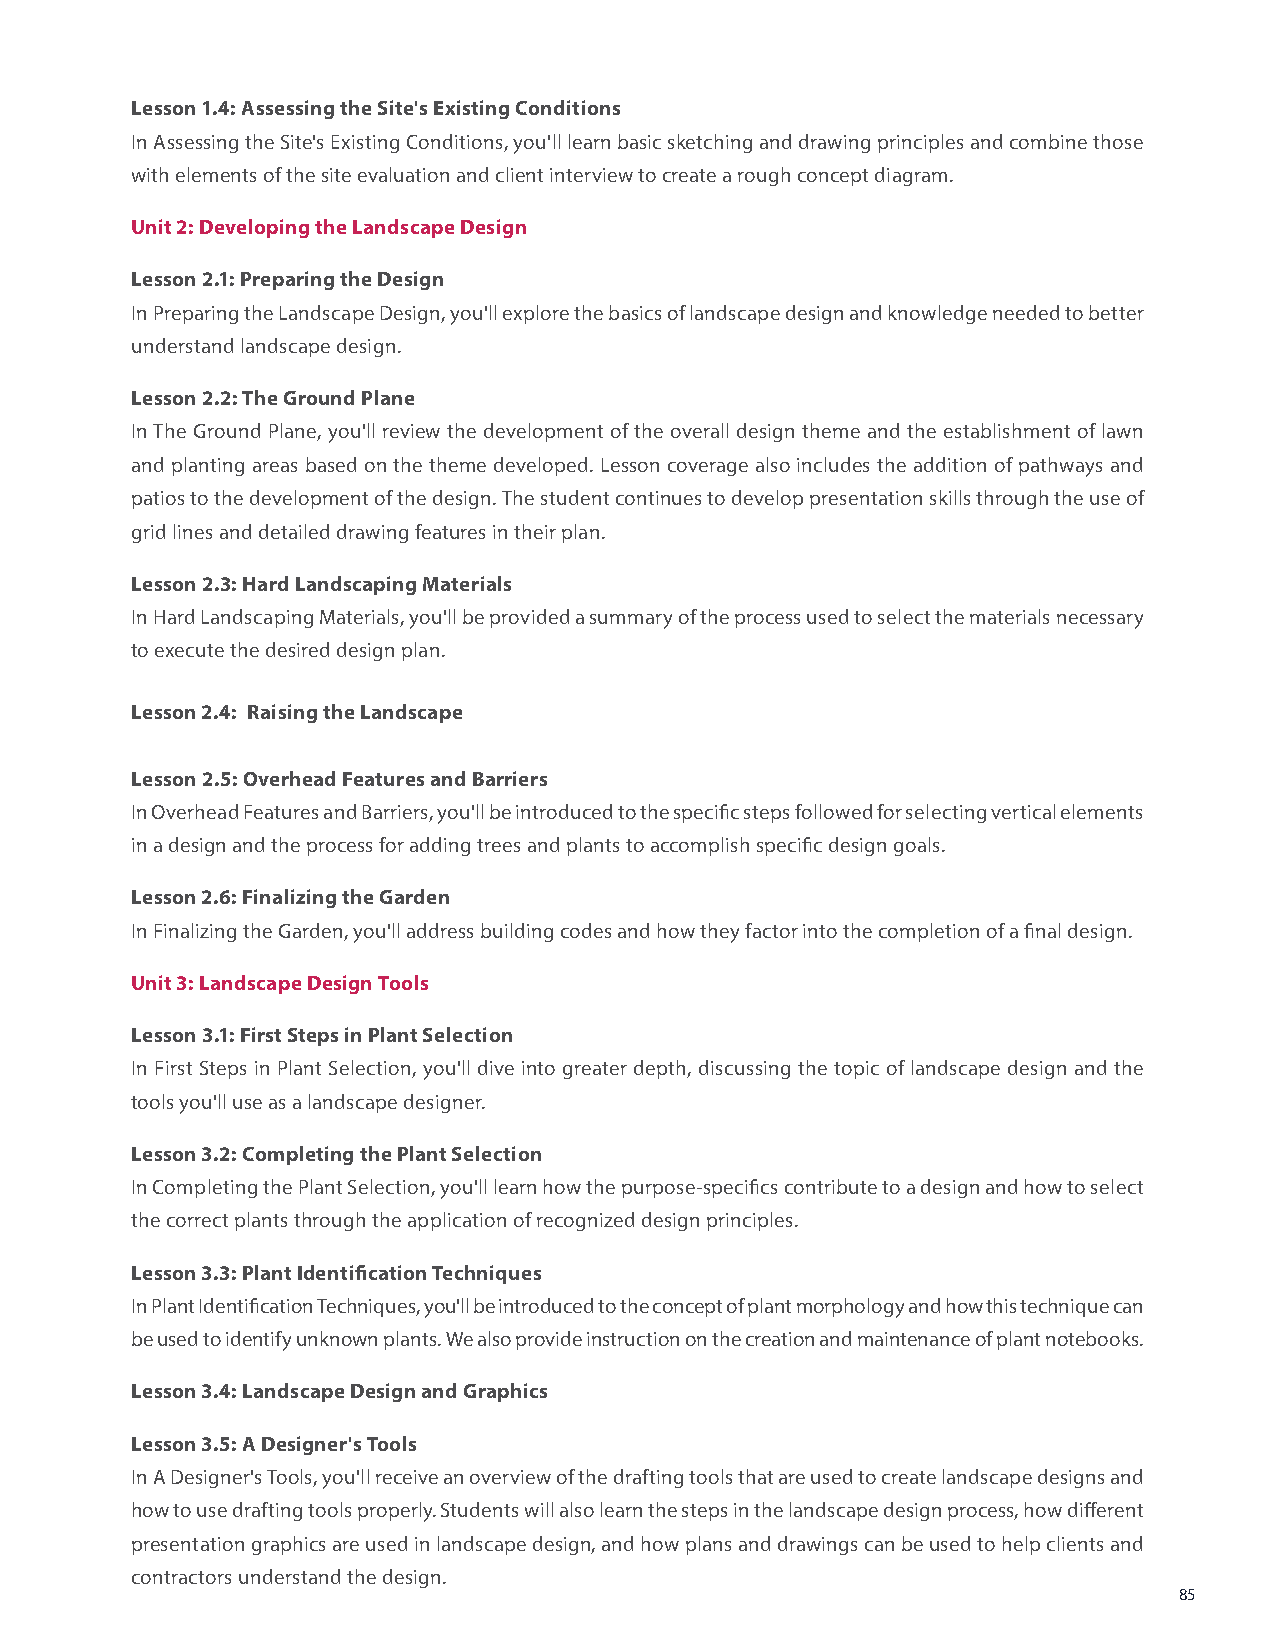
Lesson 1.4: Assessing the Site's Existing Conditions
 In Assessing the Site's Existing Conditions, you'll learn basic sketching and drawing principles and combine those
 with elements of the site evaluation and client interview to create a rough concept diagram.
 Unit 2: Developing the Landscape Design
 Lesson 2.1: Preparing the Design
 In Preparing the Landscape Design, you'll explore the basics of landscape design and knowledge needed to better
 understand landscape design.
 Lesson 2.2: The Ground Plane
 In The Ground Plane, you'll review the development of the overall design theme and the establishment of lawn
 and planting areas based on the theme developed. Lesson coverage also includes the addition of pathways and
 patios to the development of the design. The student continues to develop presentation skills through the use of
 grid lines and detailed drawing features in their plan.
 Lesson 2.3: Hard Landscaping Materials
 In Hard Landscaping Materials, you'll be provided a summary of the process used to select the materials necessary
 to execute the desired design plan.
 Lesson 2.4: Raising the Landscape
 Lesson 2.5: Overhead Features and Barriers
 In Overhead Features and Barriers, you'll be introduced to the specific steps followed for selecting vertical elements
 in a design and the process for adding trees and plants to accomplish specific design goals.
 Lesson 2.6: Finalizing the Garden
 In Finalizing the Garden, you'll address building codes and how they factor into the completion of a final design.
 Unit 3: Landscape Design Tools
 Lesson 3.1: First Steps in Plant Selection
 In First Steps in Plant Selection, you'll dive into greater depth, discussing the topic of landscape design and the
 tools you'll use as a landscape designer.
 Lesson 3.2: Completing the Plant Selection
 In Completing the Plant Selection, you'll learn how the purpose-specifics contribute to a design and how to select
 the correct plants through the application of recognized design principles.
 Lesson 3.3: Plant Identification Techniques
 In Plant Identification Techniques, you'll be introduced to the concept of plant morphology and how this technique can
 be used to identify unknown plants. We also provide instruction on the creation and maintenance of plant notebooks.
 Lesson 3.4: Landscape Design and Graphics
 Lesson 3.5: A Designer's Tools
 In A Designer's Tools, you'll receive an overview of the drafting tools that are used to create landscape designs and
 how to use drafting tools properly. Students will also learn the steps in the landscape design process, how different
 presentation graphics are used in landscape design, and how plans and drawings can be used to help clients and
 contractors understand the design.
 85